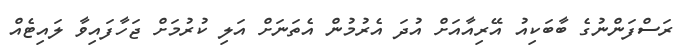
ރަސްފަންނުގެ ބާބަކިއު އޭރިއާއަށް އުދަ އެރުމުން އެތަނަށް އަލި ކުރުމަށް ޖަހާފައިވާ ލައިޓެއް